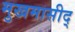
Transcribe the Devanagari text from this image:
मुखमासीद्